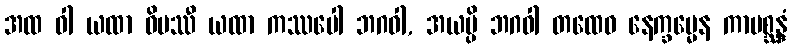
အထ ဝါ ယထာ ဝိပဿီ ယထာ ကဿပေါ ဘဂဝါ, အယမ္ပိ ဘဂဝါ တထေဝ နေက္ခမ္မေန ကာမစ္ဆန္ဒံ